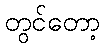
တွင်တော့